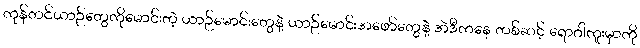
ကုန်တင်ယာဉ်တွေကိုမောင်းတဲ့ ယာဉ်မောင်းတွေနဲ့ ယာဉ်မောင်းအဖော်တွေနဲ့ အဲဒီကနေ တစ်ဆင့် ရောဂါကူးမှာကို